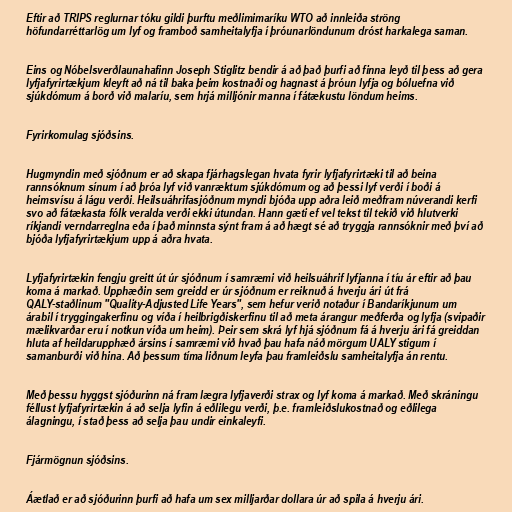
Eftir að TRIPS reglurnar tóku gildi þurftu meðlimimaríku WTO að innleiða ströng
höfundarréttarlög um lyf og framboð samheitalyfja í þróunarlöndunum dróst harkalega saman.

Eins og Nóbelsverðlaunahafinn Joseph Stiglitz bendir á að það þurfi að finna leyð til þess að gera
lyfjafyrirtækjum kleyft að ná til baka þeim kostnaði og hagnast á þróun lyfja og bóluefna við
sjúkdómum á borð við malaríu, sem hrjá milljónir manna í fátækustu löndum heims.

Fyrirkomulag sjóðsins.

Hugmyndin með sjóðnum er að skapa fjárhagslegan hvata fyrir lyfjafyrirtæki til að beina
rannsóknum sínum í að þróa lyf við vanræktum sjúkdómum og að þessi lyf verði í boði á
heimsvísu á lágu verði. Heilsuáhrifasjóðnum myndi bjóða upp aðra leið meðfram núverandi kerfi
svo að fátækasta fólk veralda verði ekki útundan. Hann gæti ef vel tekst til tekið við hlutverki
ríkjandi verndarreglna eða í það minnsta sýnt fram á að hægt sé að tryggja rannsóknir með því að
bjóða lyfjafyrirtækjum upp á aðra hvata.

Lyfjafyrirtækin fengju greitt út úr sjóðnum í samræmi við heilsuáhrif lyfjanna í tíu ár eftir að þau
koma á markað. Upphæðin sem greidd er úr sjóðnum er reiknuð á hverju ári út frá
QALY-staðlinum "Quality-Adjusted Life Years", sem hefur verið notaður í Bandaríkjunum um
árabil í tryggingakerfinu og víða í heilbrigðiskerfinu til að meta árangur meðferða og lyfja (svipaðir
mælikvarðar eru í notkun víða um heim). Þeir sem skrá lyf hjá sjóðnum fá á hverju ári fá greiddan
hluta af heildarupphæð ársins í samræmi við hvað þau hafa náð mörgum UALY stigum í
samanburði við hina. Að þessum tíma liðnum leyfa þau framleiðslu samheitalyfja án rentu.

Með þessu hyggst sjóðurinn ná fram lægra lyfjaverði strax og lyf koma á markað. Með skráningu
féllust lyfjafyrirtækin á að selja lyfin á eðlilegu verði, þ.e. framleiðslukostnað og eðlilega
álagningu, í stað þess að selja þau undir einkaleyfi.

Fjármögnun sjóðsins.

Áætlað er að sjóðurinn þurfi að hafa um sex milljarðar dollara úr að spila á hverju ári.